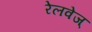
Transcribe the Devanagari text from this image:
रेलवेज्